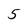
Character: 5